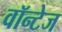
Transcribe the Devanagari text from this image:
वॉन्टेज